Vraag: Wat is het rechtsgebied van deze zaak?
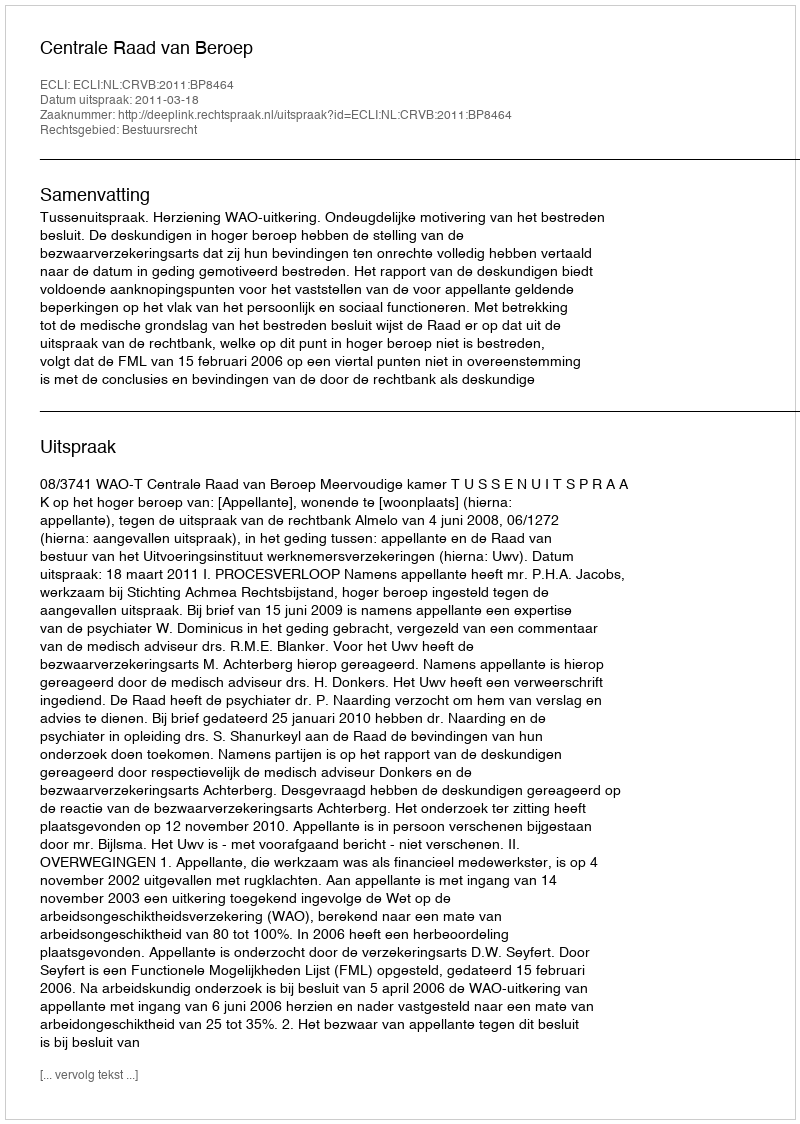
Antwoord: Bestuursrecht